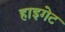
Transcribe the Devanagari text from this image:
हाइगेट